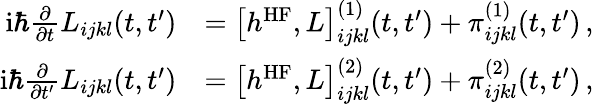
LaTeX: \begin{array}{rl}{\mathrm{i}\hbar\frac{\partial}{\partial t}L_{ijkl}(t,t^{\prime})}&{=\big[h^{\mathrm{HF}},L\big]_{ijkl}^{(1)}(t,t^{\prime})+\pi_{ijkl}^{(1)}(t,t^{\prime})\, ,\; }\\ {\mathrm{i}\hbar\frac{\partial}{\partial t^{\prime}}L_{ijkl}(t,t^{\prime})}&{=\big[h^{\mathrm{HF}},L\big]_{ijkl}^{(2)}(t,t^{\prime})+\pi_{ijkl}^{(2)}(t,t^{\prime})\, ,\; \: }\end{array}